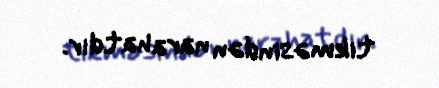
tikməsindən narahatdır.